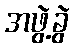
အဖွဲ့ခွဲ